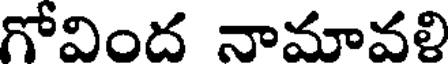
గోవింద నామావళి